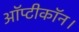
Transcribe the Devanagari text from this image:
ऑप्टीकॉन।